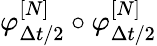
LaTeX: \varphi_{\Delta{t}/2}^{[N]}\circ\varphi_{\Delta{t}/2}^{[N]}